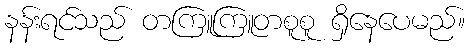
နန်းရင်သည် တကြူကြူတစူစူ ရှိနေပေမည်။